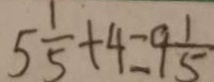
5 \frac { 1 } { 5 } + 4 - 9 \frac { 1 } { 5 }